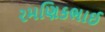
રમણિકભાઈ